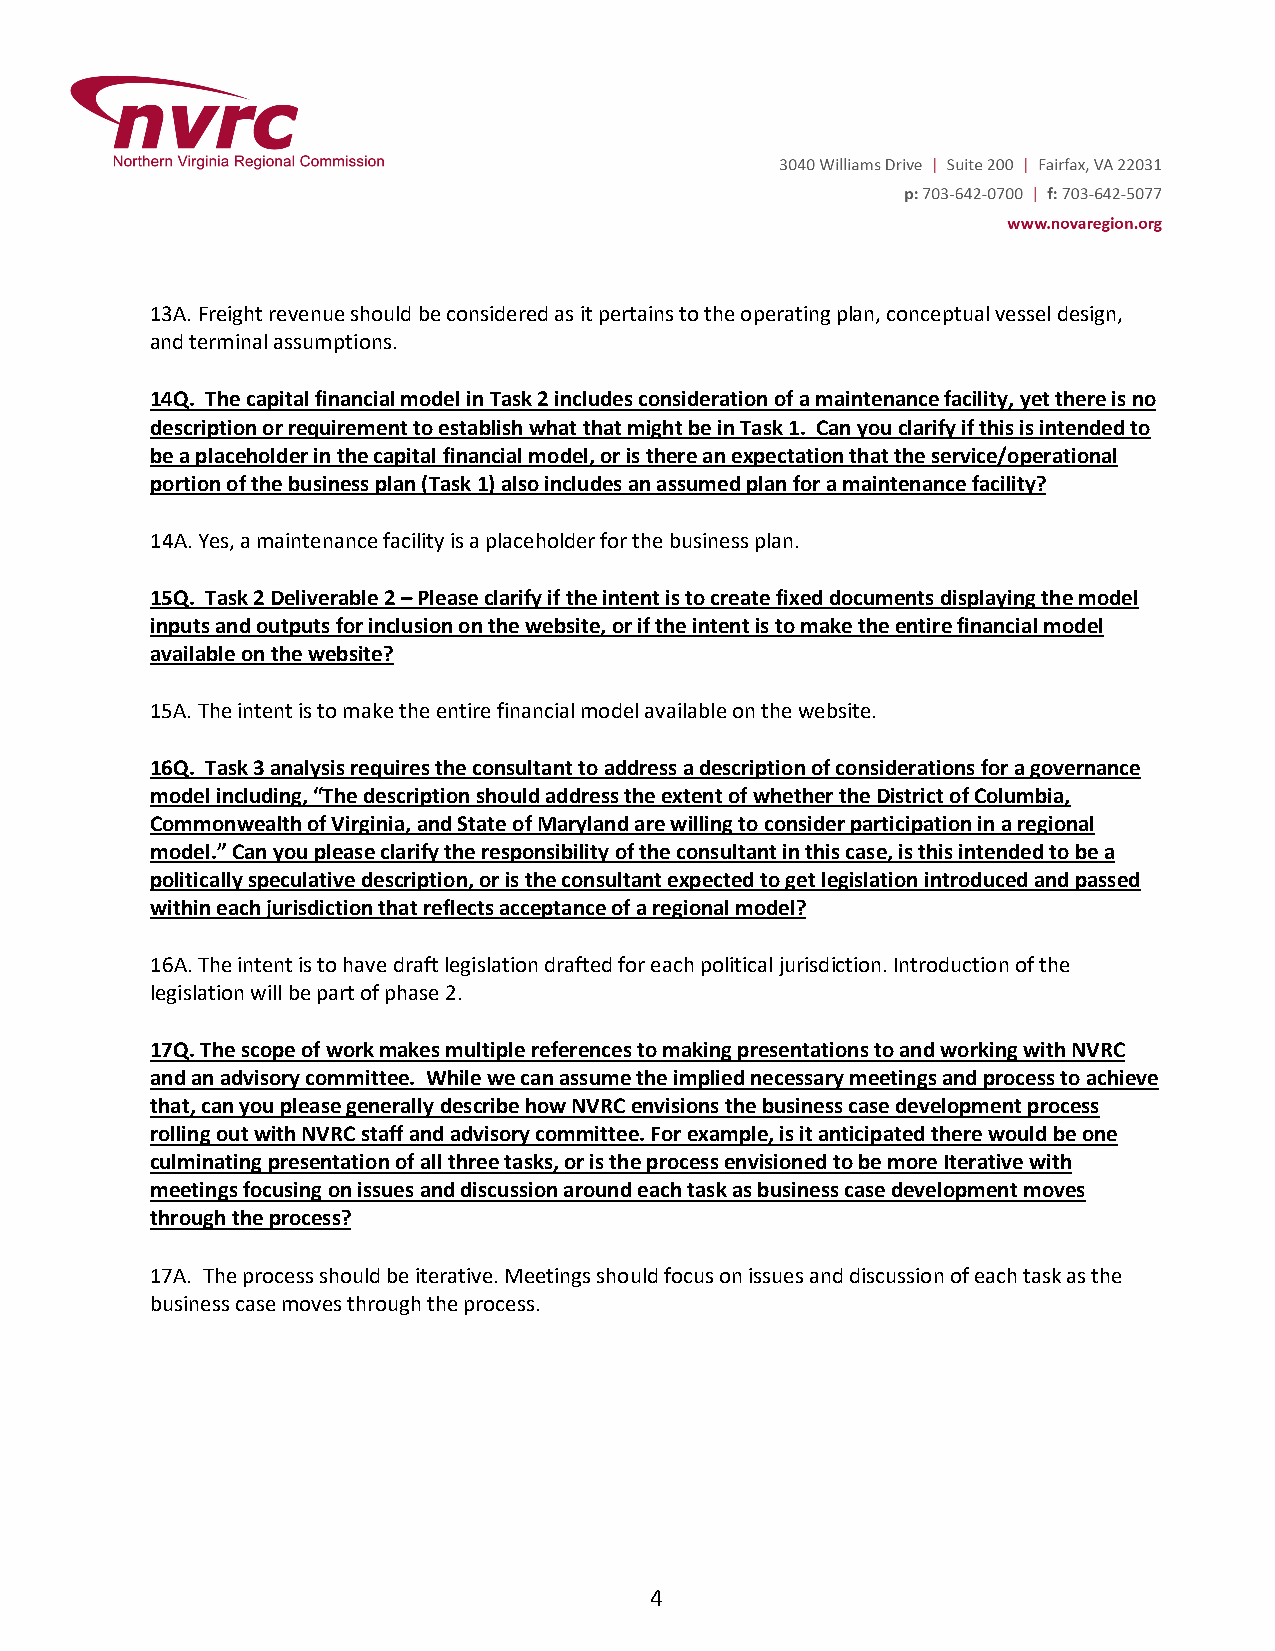
13A. Freight revenue should be considered as it pertains to the operating plan, conceptual vessel design,
 and terminal assumptions.
 14Q. The capital financial model in Task 2 includes consideration of a maintenance facility, yet there is no
 description or requirement to establish what that might be in Task 1. Can you clarify if this is intended to
 be a placeholder in the capital financial model, or is there an expectation that the service/operational
 portion of the business plan (Task 1) also includes an assumed plan for a maintenance facility?
 14A. Yes, a maintenance facility is a placeholder for the business plan.
 15Q. Task 2 Deliverable 2 – Please clarify if the intent is to create fixed documents displaying the model
 inputs and outputs for inclusion on the website, or if the intent is to make the entire financial model
 available on the website?
 15A. The intent is to make the entire financial model available on the website.
 16Q. Task 3 analysis requires the consultant to address a description of considerations for a governance
 model including, “The description should address the extent of whether the District of Columbia,
 Commonwealth of Virginia, and State of Maryland are willing to consider participation in a regional
 model.” Can you please clarify the responsibility of the consultant in this case, is this intended to be a
 politically speculative description, or is the consultant expected to get legislation introduced and passed
 within each jurisdiction that reflects acceptance of a regional model?
 16A. The intent is to have draft legislation drafted for each political jurisdiction. Introduction of the
 legislation will be part of phase 2.
 17Q. The scope of work makes multiple references to making presentations to and working with NVRC
 and an advisory committee. While we can assume the implied necessary meetings and process to achieve
 that, can you please generally describe how NVRC envisions the business case development process
 rolling out with NVRC staff and advisory committee. For example, is it anticipated there would be one
 culminating presentation of all three tasks, or is the process envisioned to be more Iterative with
 meetings focusing on issues and discussion around each task as business case development moves
 through the process?
 17A. The process should be iterative. Meetings should focus on issues and discussion of each task as the
 business case moves through the process.
 4